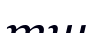
тш